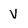
Character: V